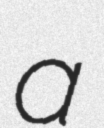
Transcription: a